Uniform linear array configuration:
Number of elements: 4
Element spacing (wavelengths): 0.25
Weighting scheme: hann
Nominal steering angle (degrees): -30
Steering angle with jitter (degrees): -30.846
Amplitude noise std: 0.05
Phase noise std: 0.05

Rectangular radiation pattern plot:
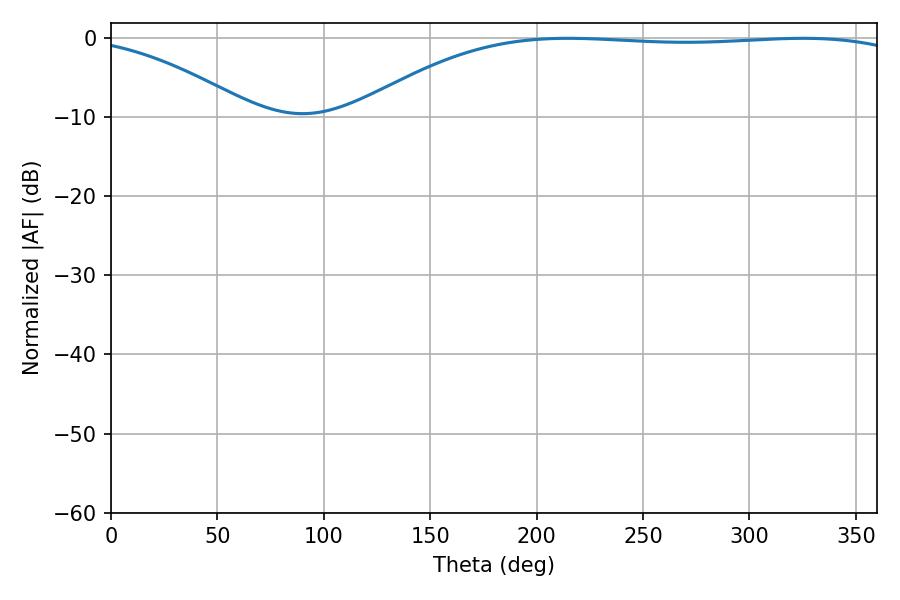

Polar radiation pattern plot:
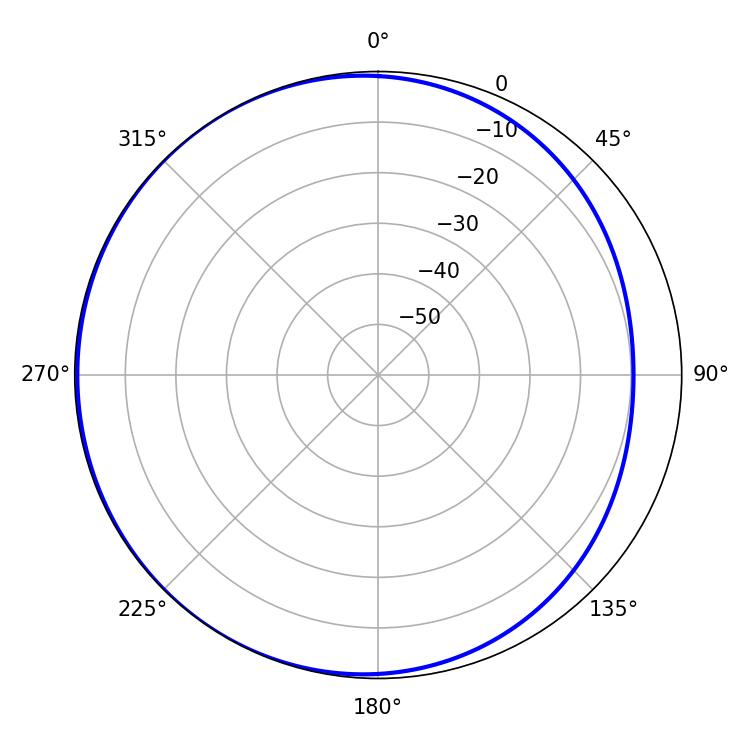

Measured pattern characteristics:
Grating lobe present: FALSE
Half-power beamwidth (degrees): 205.38
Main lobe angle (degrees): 214.74